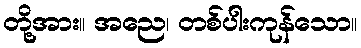
တို့အား။ အညေ၊ တစ်ပါးကုန်သော။